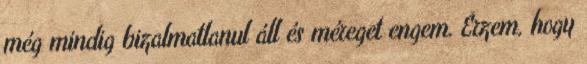
még mindig bizalmatlanul áll és méreget engem. Érzem, hogy